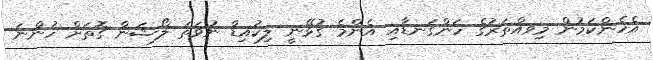
އެހެންކަމުން މިވއްތަރުގެ ހަންގަނޑާއި އެންމެ ގުޅޭނީ ލިކުއިޑް ނުވަތަ ލޯޝަން ގޮތަށް ހުންނަ